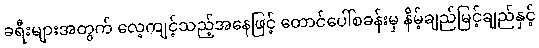
ခရီးများအတွက် လေ့ကျင့်သည့်အနေဖြင့် တောင်ပေါ်စခန်းမှ နိမ့်ချည်မြင့်ချည်နှင့်